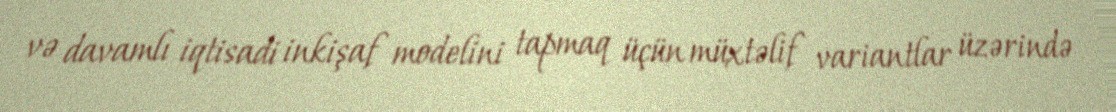
və davamlı iqtisadi inkişaf modelini tapmaq üçün müxtəlif variantlar üzərində